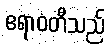
ဧရာဝတီသည်